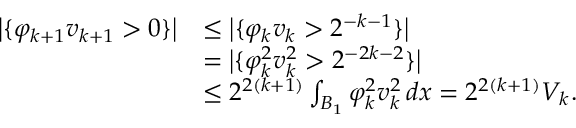
\begin{array} { r l } { \big | \{ \varphi _ { k + 1 } v _ { k + 1 } > 0 \} \big | } & { \le \big | \{ \varphi _ { k } v _ { k } > 2 ^ { - k - 1 } \} \big | } \\ & { = \big | \{ \varphi _ { k } ^ { 2 } v _ { k } ^ { 2 } > 2 ^ { - 2 k - 2 } \} \big | } \\ & { \le 2 ^ { 2 ( k + 1 ) } \int _ { B _ { 1 } } \varphi _ { k } ^ { 2 } v _ { k } ^ { 2 } \, d x = 2 ^ { 2 ( k + 1 ) } V _ { k } . } \end{array}